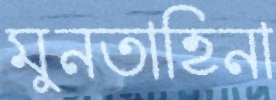
মুনতাহিনা